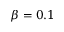
\beta = 0 . 1